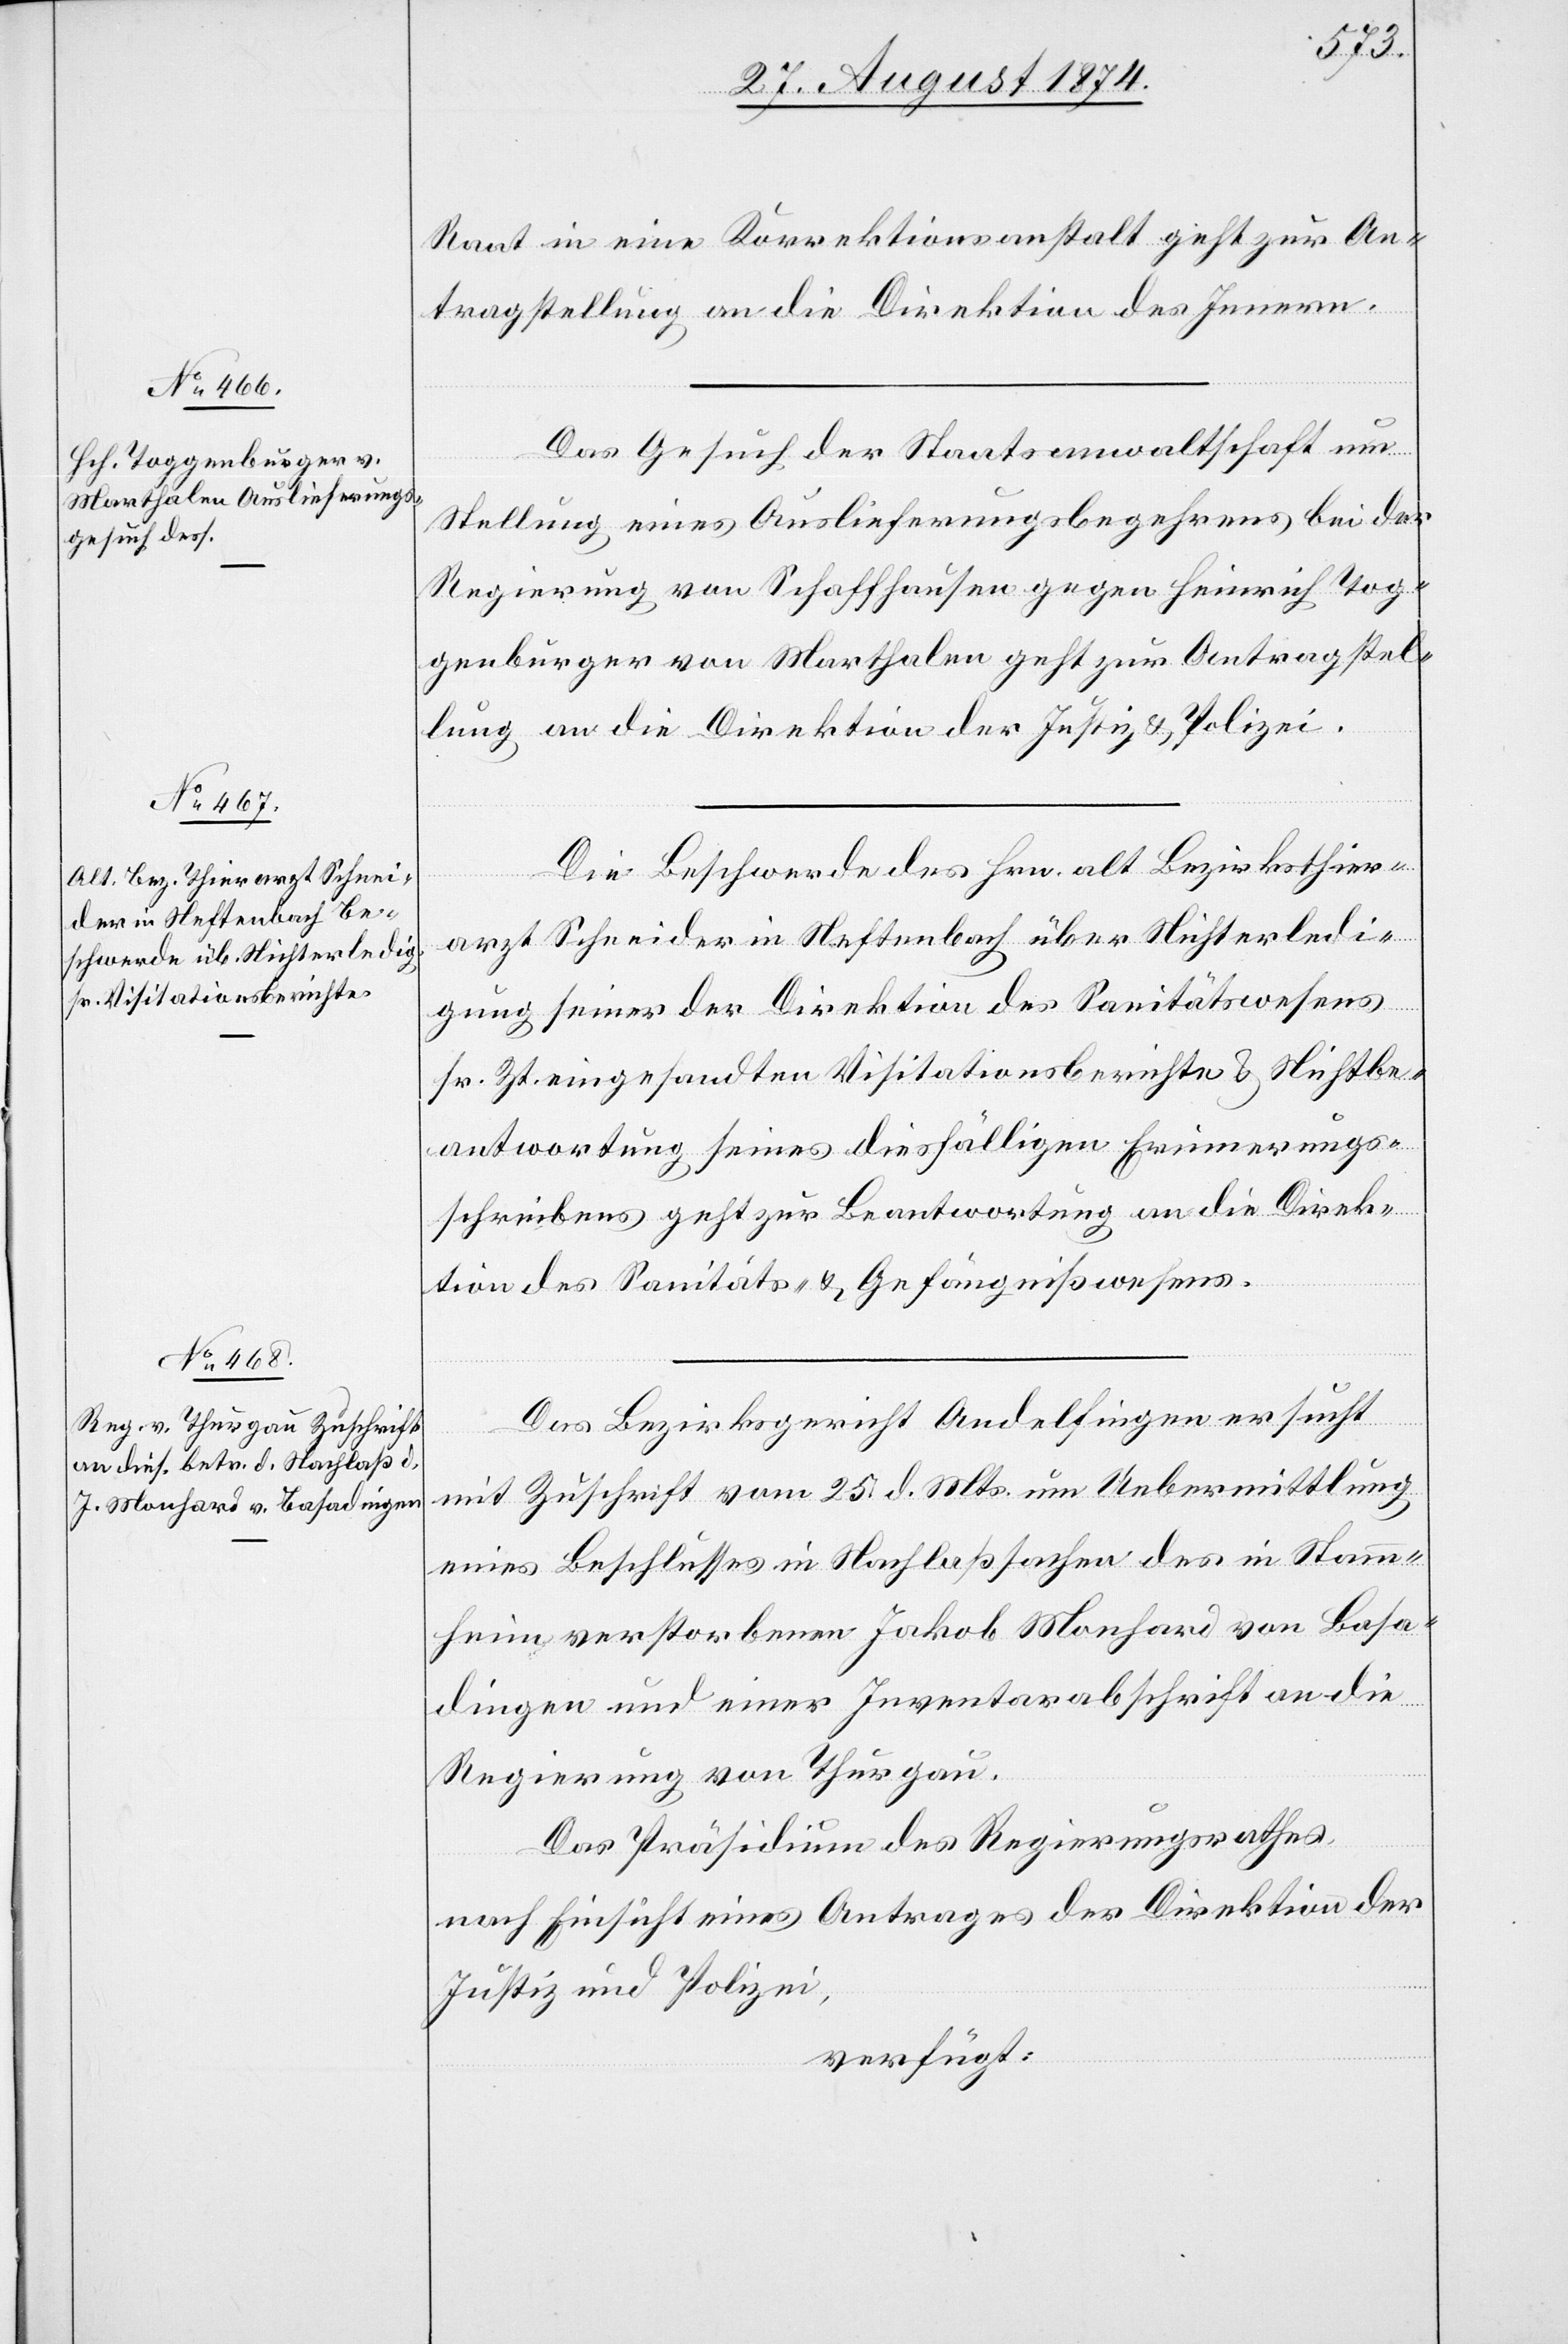
27. August 1874.]
Raat in eine Korrektionsanstalt geht zur An¬
tragstellung an die Direktion des Innern.
Das Gesuch der Staatsanwaltschaft um
Stellung eines Auslieferungsbegehrens bei der
Regierung von Schaffhausen gegen Heinrich Tog¬
genburger von Marthalen geht zur Antragstel¬
lung an die Direktion der Justiz u. Polizei.
Die Beschwerde des Hrn. alt Bezirksthier¬
arzt Schneider in Neftenbach über Nichterledi¬
gung seiner der Direktion des Sanitätswesens
sr. Zt. eingesandten Visitationsberichte u. Nichtbe¬
antwortung seines diesfälligen Erinnerungs¬
schreibens geht zur Beantwortung an die Direk¬
tion des Sanitäts- u. Gefängnißwesens.
Das Bezirksgericht Andelfingen ersucht
mit Zuschrift vom 25. d. Mts. um Uebermittlung
eines Beschlusses in Nachlaßsachen des in Stamm¬
heim verstorbenen Jakob Monhard von Basa¬
dingen und einer Inventarabschrift an die
Regierung von Thurgau.
Das Präsidium des Regierungsrathes
nach Einsicht eines Antrages der Direktion der
Justiz und Polizei,
verfügt: